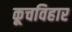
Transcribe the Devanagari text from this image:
कूचविहार